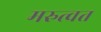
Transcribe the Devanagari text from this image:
मरुत्वत